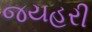
જયહરી